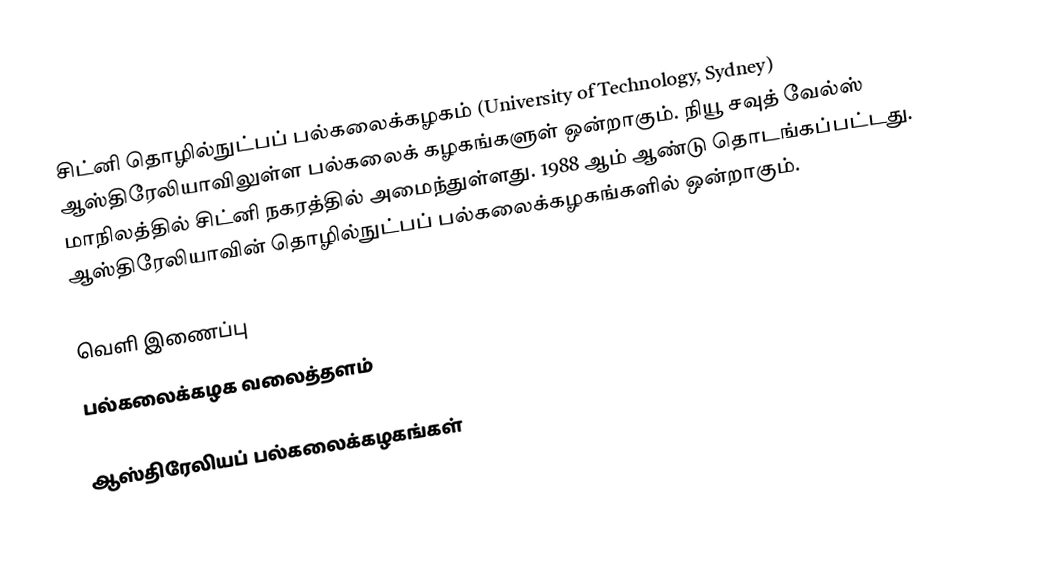
சிட்னி தொழில்நுட்பப் பல்கலைக்கழகம் (University of Technology, Sydney) ஆஸ்திரேலியாவிலுள்ள பல்கலைக் கழகங்களுள் ஒன்றாகும். நியூ சவுத் வேல்ஸ் மாநிலத்தில் சிட்னி நகரத்தில் அமைந்துள்ளது. 1988 ஆம் ஆண்டு தொடங்கப்பட்டது. ஆஸ்திரேலியாவின் தொழில்நுட்பப் பல்கலைக்கழகங்களில் ஒன்றாகும்.

வெளி இணைப்பு
 பல்கலைக்கழக வலைத்தளம்

ஆஸ்திரேலியப் பல்கலைக்கழகங்கள்